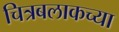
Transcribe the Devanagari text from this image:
चित्रबलाकच्या